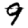
Digit: 9